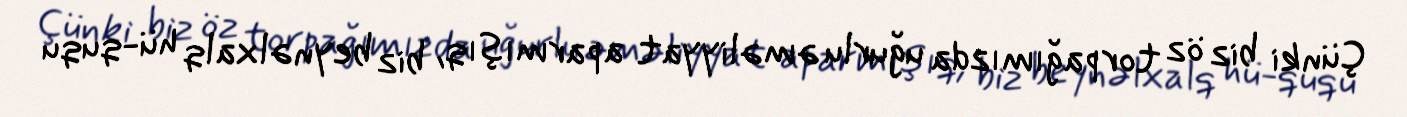
Çünki biz öz torpağımızda uğurlu əməliyyat aparmışıq, biz beynəlxalq hü­ququ